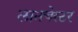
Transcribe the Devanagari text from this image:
लानचेस्टर